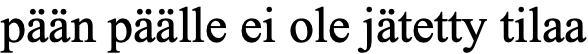
pään päälle ei ole jätetty tilaa